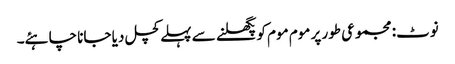
نوٹ: مجموعی طور پر موم موم کو پگھلنے سے پہلے کچل دیا جانا چاہئے۔